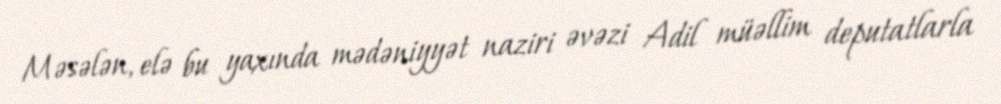
Məsələn, elə bu yaxında mədəniyyət naziri əvəzi Adil müəllim deputatlarla